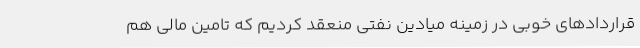
قراردادهای خوبی در زمینه میادین نفتی منعقد کردیم که تامین مالی هم